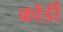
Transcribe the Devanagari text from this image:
कॉर्डी